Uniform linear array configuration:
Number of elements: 48
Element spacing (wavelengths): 0.5
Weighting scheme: hann
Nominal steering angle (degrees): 60
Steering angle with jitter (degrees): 60.941
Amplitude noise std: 0.05
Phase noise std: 0.05

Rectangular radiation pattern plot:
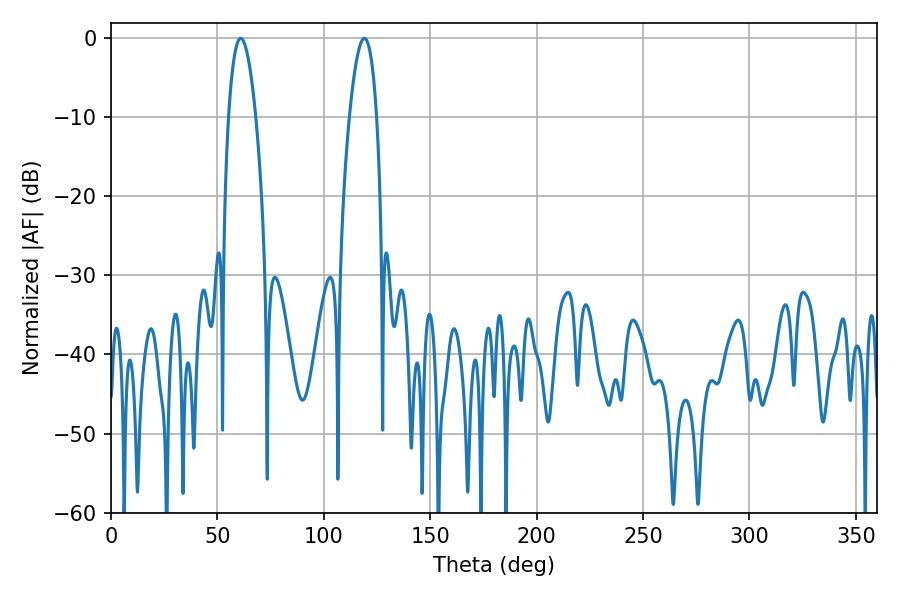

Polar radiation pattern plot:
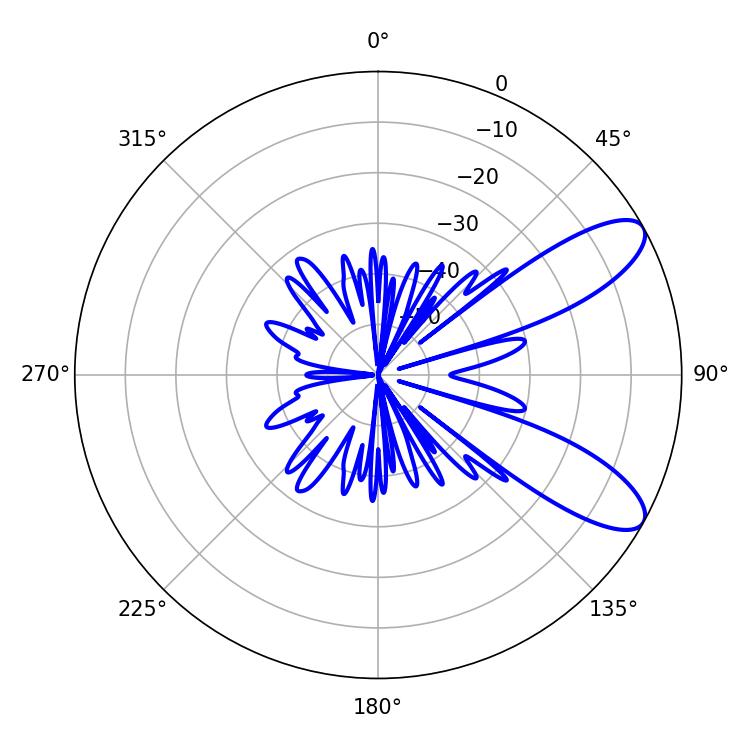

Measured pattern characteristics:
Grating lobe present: FALSE
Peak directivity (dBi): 9.348
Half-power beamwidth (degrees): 7.02
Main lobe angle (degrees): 61.02